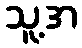
သူ့အ